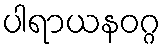
ပါရာယနဝဂ္ဂ